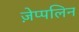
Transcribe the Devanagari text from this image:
ज़ेप्पलिन